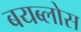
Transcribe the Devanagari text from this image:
बयब्लोस